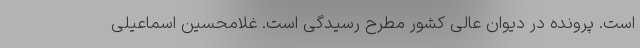
است. پرونده در دیوان عالی کشور مطرح رسیدگی است. غلامحسین اسماعیلی